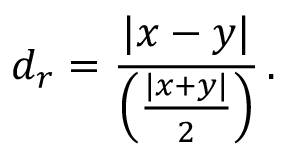
d _ { r } = { \frac { | x - y | } { \left( { \frac { | x + y | } { 2 } } \right) } } \, .